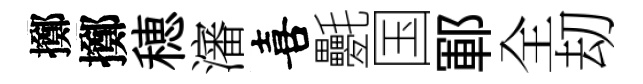
擲擲穂瀋喜氎国鄆全刧